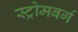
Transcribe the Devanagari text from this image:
स्ट्रोमबर्ग